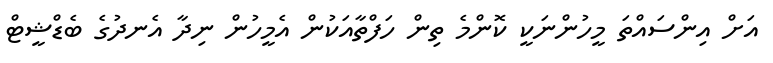
އަށް އިންސައްތަ މީހުންނަކީ ކޮންމެ ތިން ހަފްތާއަކުން އެމީހުން ނިދާ އެނދުގެ ބެޑްޝީޓް